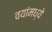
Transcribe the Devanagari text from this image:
वयांमध्ये